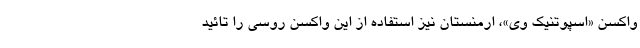
واکسن «اسپوتنیک وی»، ارمنستان نیز استفاده از این واکسن روسی را تائید